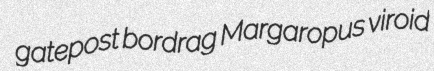
gatepost bordrag Margaropus viroid